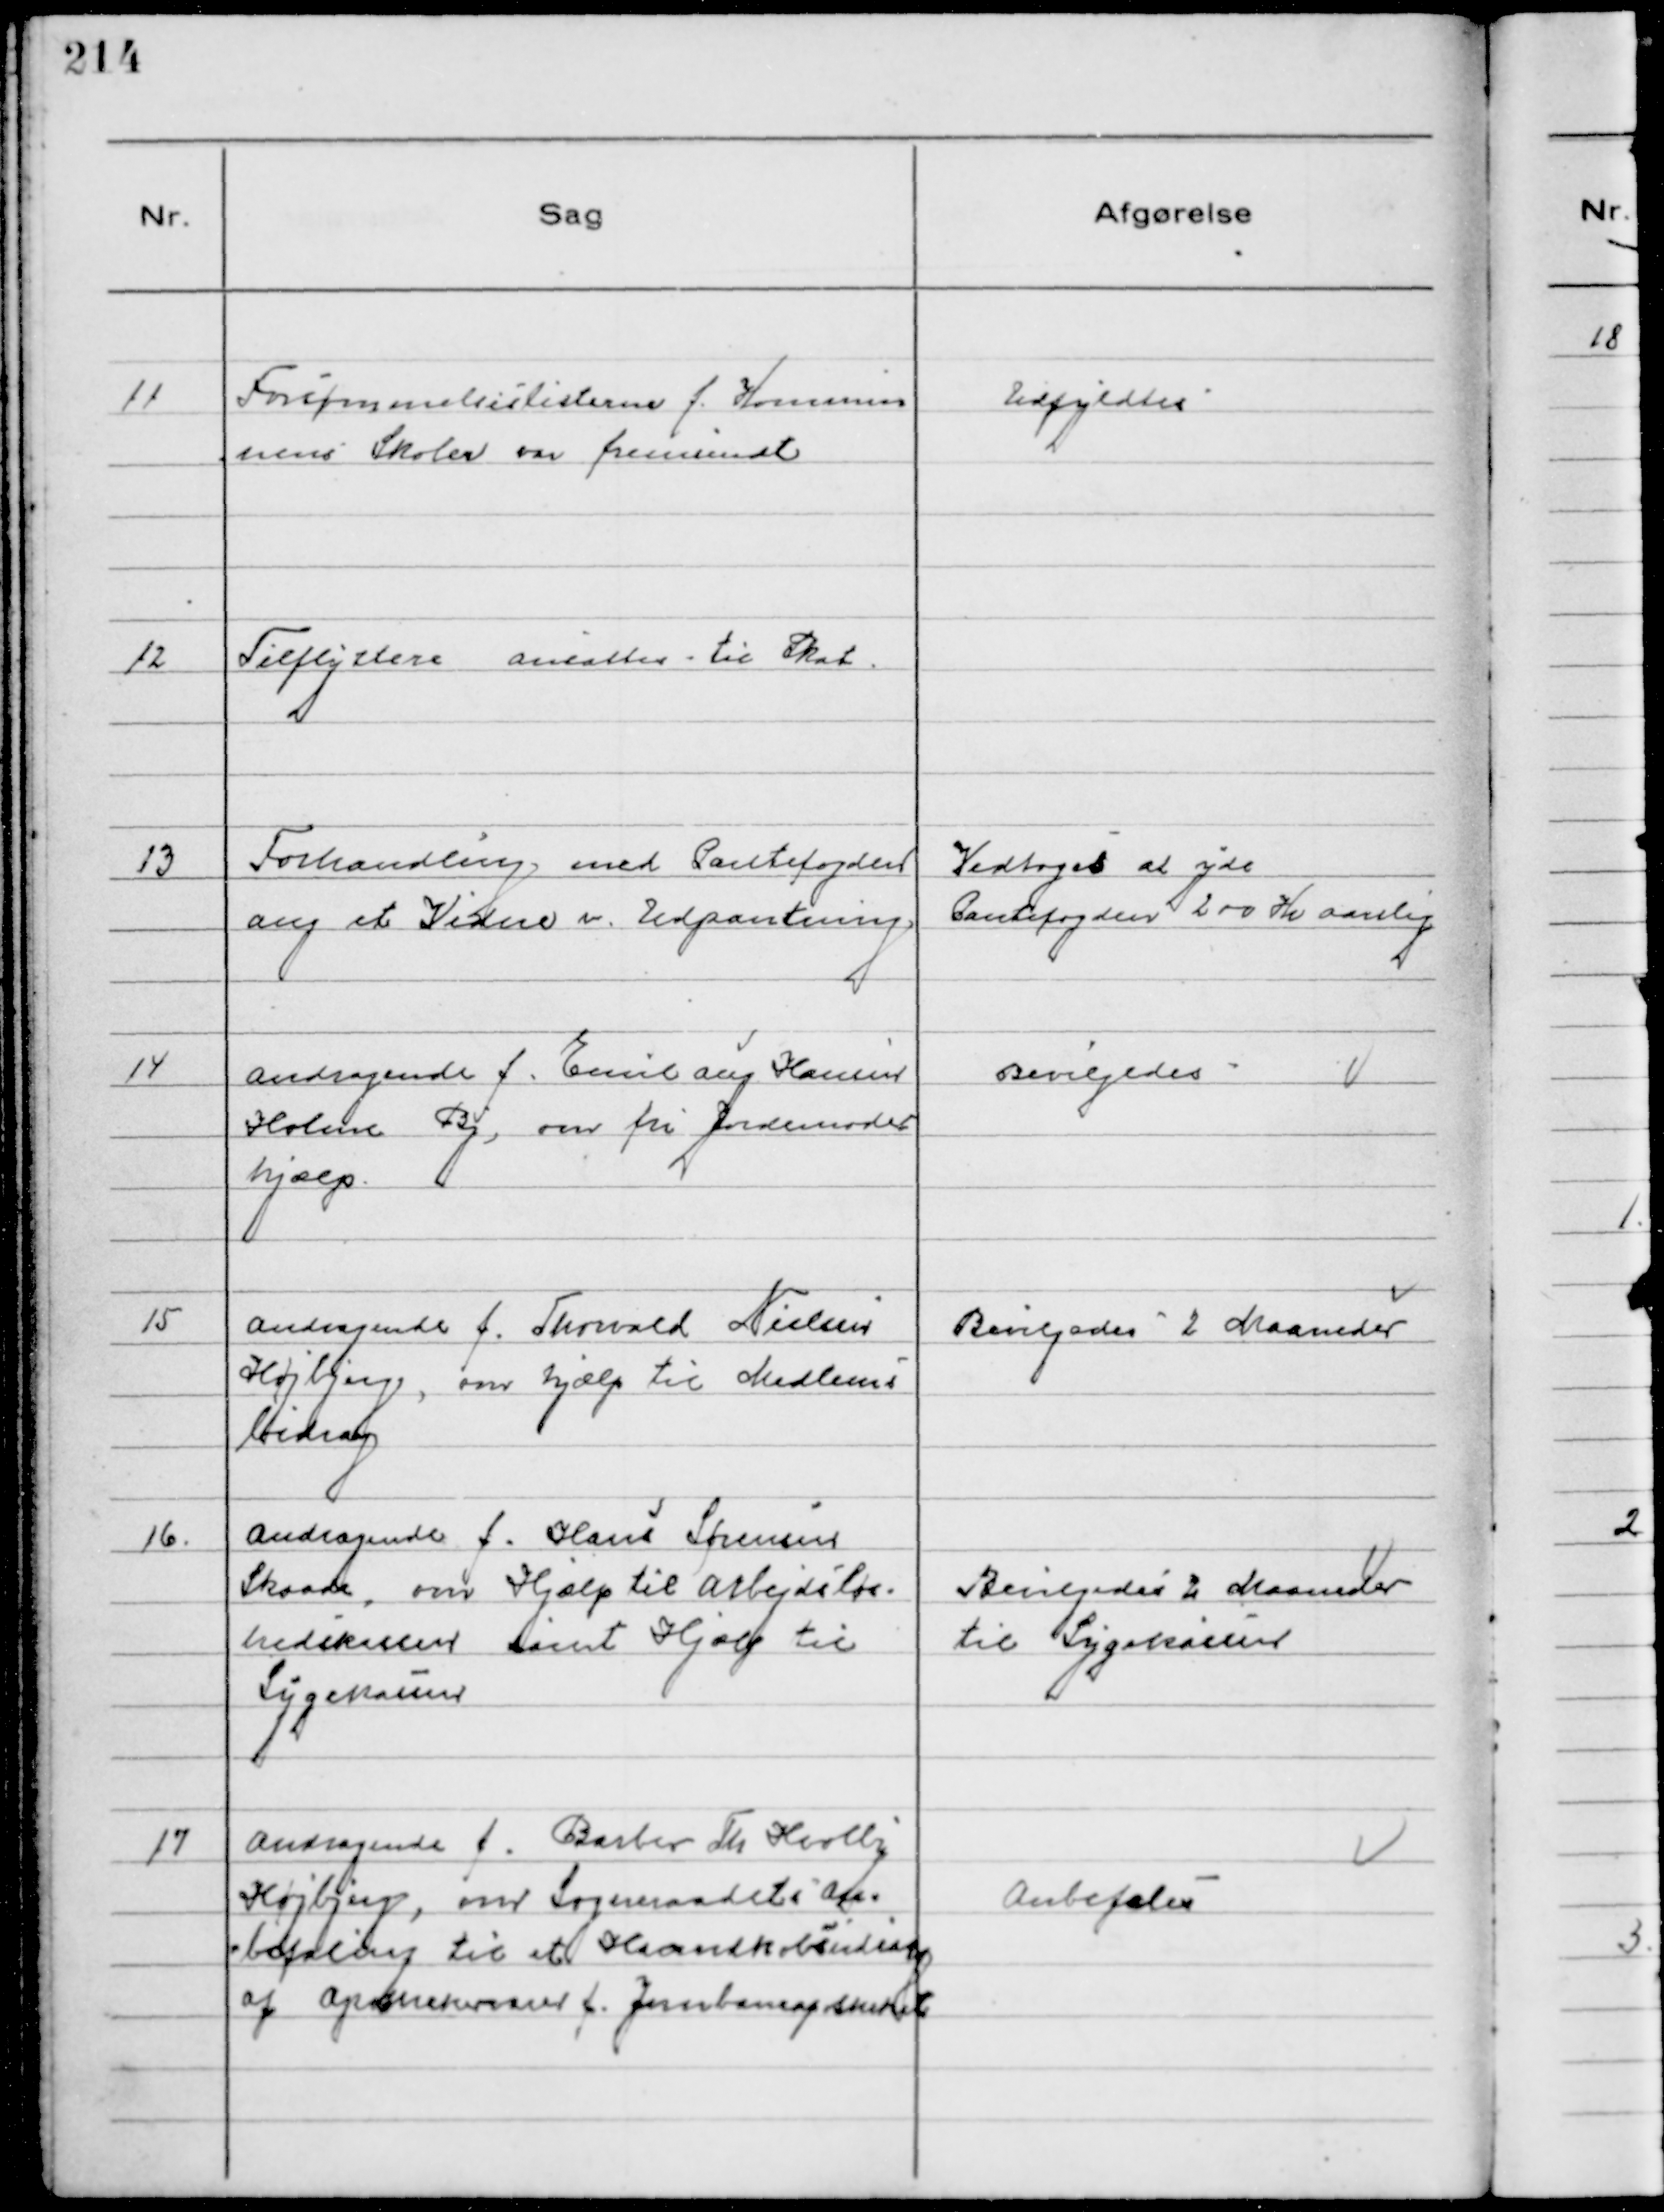
Transskription:
11
Forsømmelseslisterne f. Kommu
nens Skoler var fremsendt

Udfyldtes

12
Tilflyttere ansattes til Skat.

13
Forhandling med Pantefogden
ang et Vidne v. Udpantning

Vedtoges at yde
Pantefogden 200 Kr aarlig

14
Andragende f. Emil Aug Hansen
Holme By, om fri Jordemoder
hjælp

Bevilgedes

15
Andragende f. Thorvald Nielsen
Højbjerg, om hjælp til Medlems
bidrag

Bevilgedes 2 Maaneder

16.
Andragende f. Hans Sørensen
Skaade, om Hjælp til Arbejdsløs-
hedskassen samt Hjælp til
Sygekassen

Bevilgedes 2 Maaneder
til Sygekassen

17
Andragende f. Barber Th Hertly
Højbjerg, om Sogneraadets An
befaling til et Haandkøbsudsalg
af Apothekervarer f. Jernbaneapotheket

Anbefales